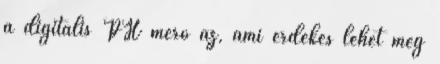
a digitális PH mérő az, ami érdekes lehet még